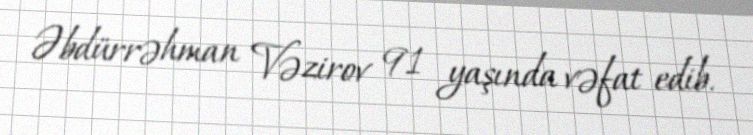
Əbdürrəhman Vəzirov 91 yaşında vəfat edib.